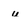
Character: u